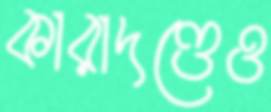
কারাদণ্ডেও